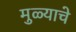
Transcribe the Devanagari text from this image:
मुळ्याचे